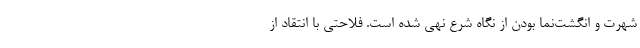
شهرت و انگشت‌نما بودن از نگاه شرع نهی شده است. فلاحتی با انتقاد از